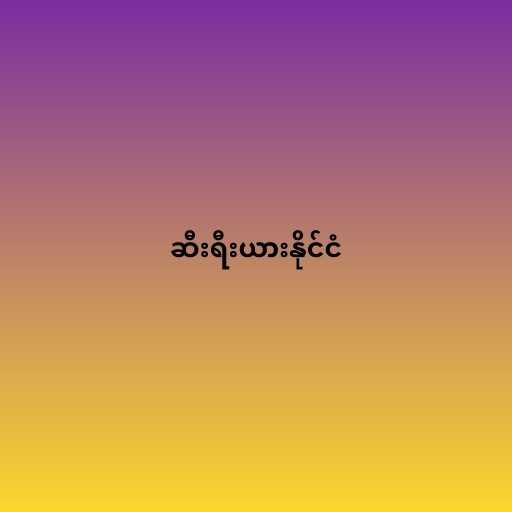
ဆီးရီးယားနိုင်ငံ